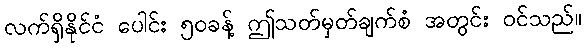
လက်ရှိနိုင်ငံ ပေါင်း ၅၀ခန့် ဤသတ်မှတ်ချက်စံ အတွင်း ဝင်သည်။